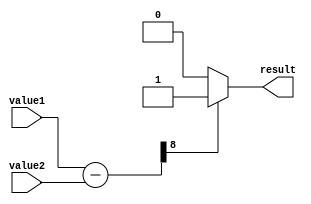
module greater_than_comparator (
    input wire [7:0] value1,
    input wire [7:0] value2,
    output wire result
);

reg [15:0] diff;

always @(*) begin
    diff = value1 - value2;
end

assign result = (diff[15] == 1) ? 1'b1 : 1'b0;

endmodule